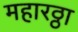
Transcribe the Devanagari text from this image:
महारठ्ठा